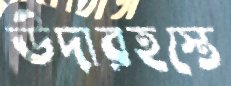
উদারহস্তে